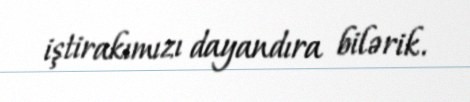
iştirakımızı dayandıra bilərik.